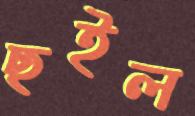
ছইল